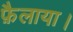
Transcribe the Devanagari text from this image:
फ़ैलाया।